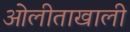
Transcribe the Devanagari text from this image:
ओलीताखाली